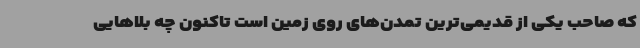
که صاحب یکی از قدیمی‌ترین تمدن‌های روی زمین است تاکنون چه بلاهایی